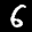
Label: 6